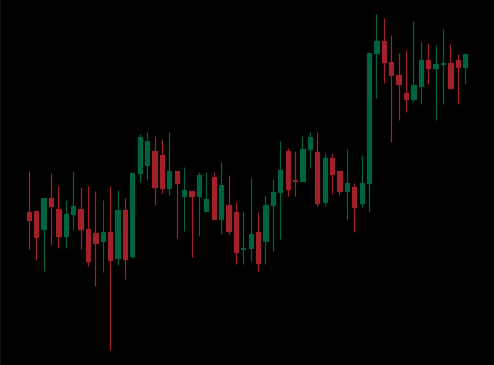
Pattern: unclassified